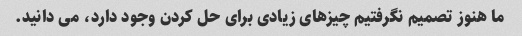
ما هنوز تصمیم نگرفتیم چیزهای زیادی برای حل کردن وجود دارد، می دانید.